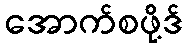
အောက်စဖို့ဒ်